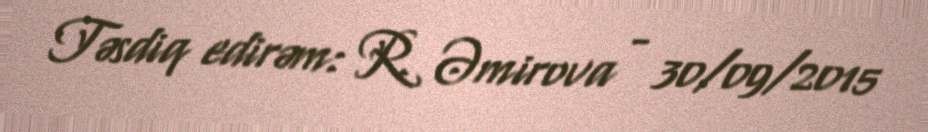
Təsdiq edirəm: R. Əmirova - 30/09/2015